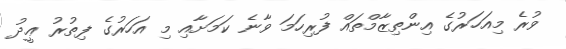
ވުރެ މިއަހަރުގެ އިންތިޒާމްތައް ފުރިހަމަ ވާނެ ކަމަށާއި މި އަހަރުގެ ފިތުރު ޢީދު